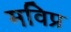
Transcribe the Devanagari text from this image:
मविप्र